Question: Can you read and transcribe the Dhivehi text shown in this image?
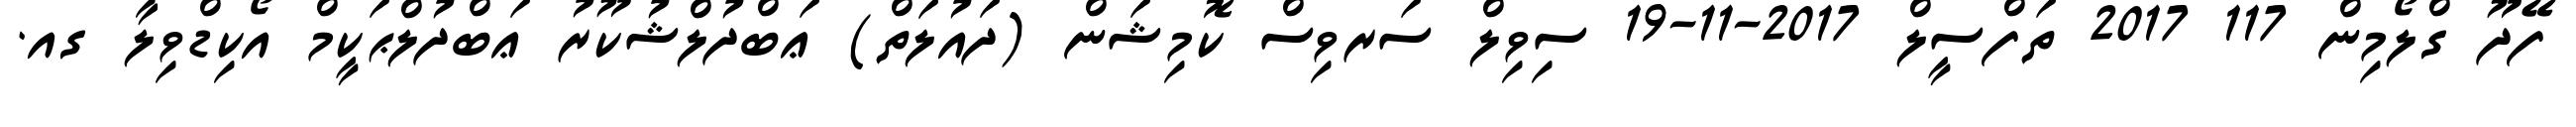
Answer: ފޭދޫ ގްލޯމިން 117 2017 ތަފްސީލް 2017-11-19 ސިވިލް ސަރވިސް ކޮމިޝަން (ދައުލަތް) ޢަބްދުލްޝުކޫރު ޢަބްދުލްޙަކީމް އޯކިޑްވިލާ ގއ.